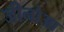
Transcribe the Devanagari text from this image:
जीनोआ